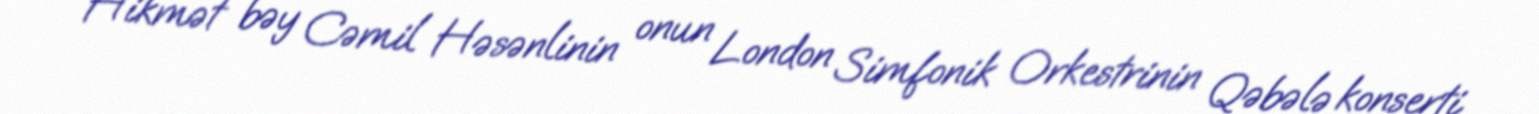
Hikmət bəy Cəmil Həsənlinin onun London Simfonik Orkestrinin Qəbələ konserti